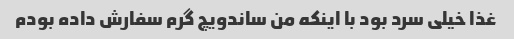
غذا خیلی سرد بود با اینکه من ساندویچ گرم سفارش داده بودم